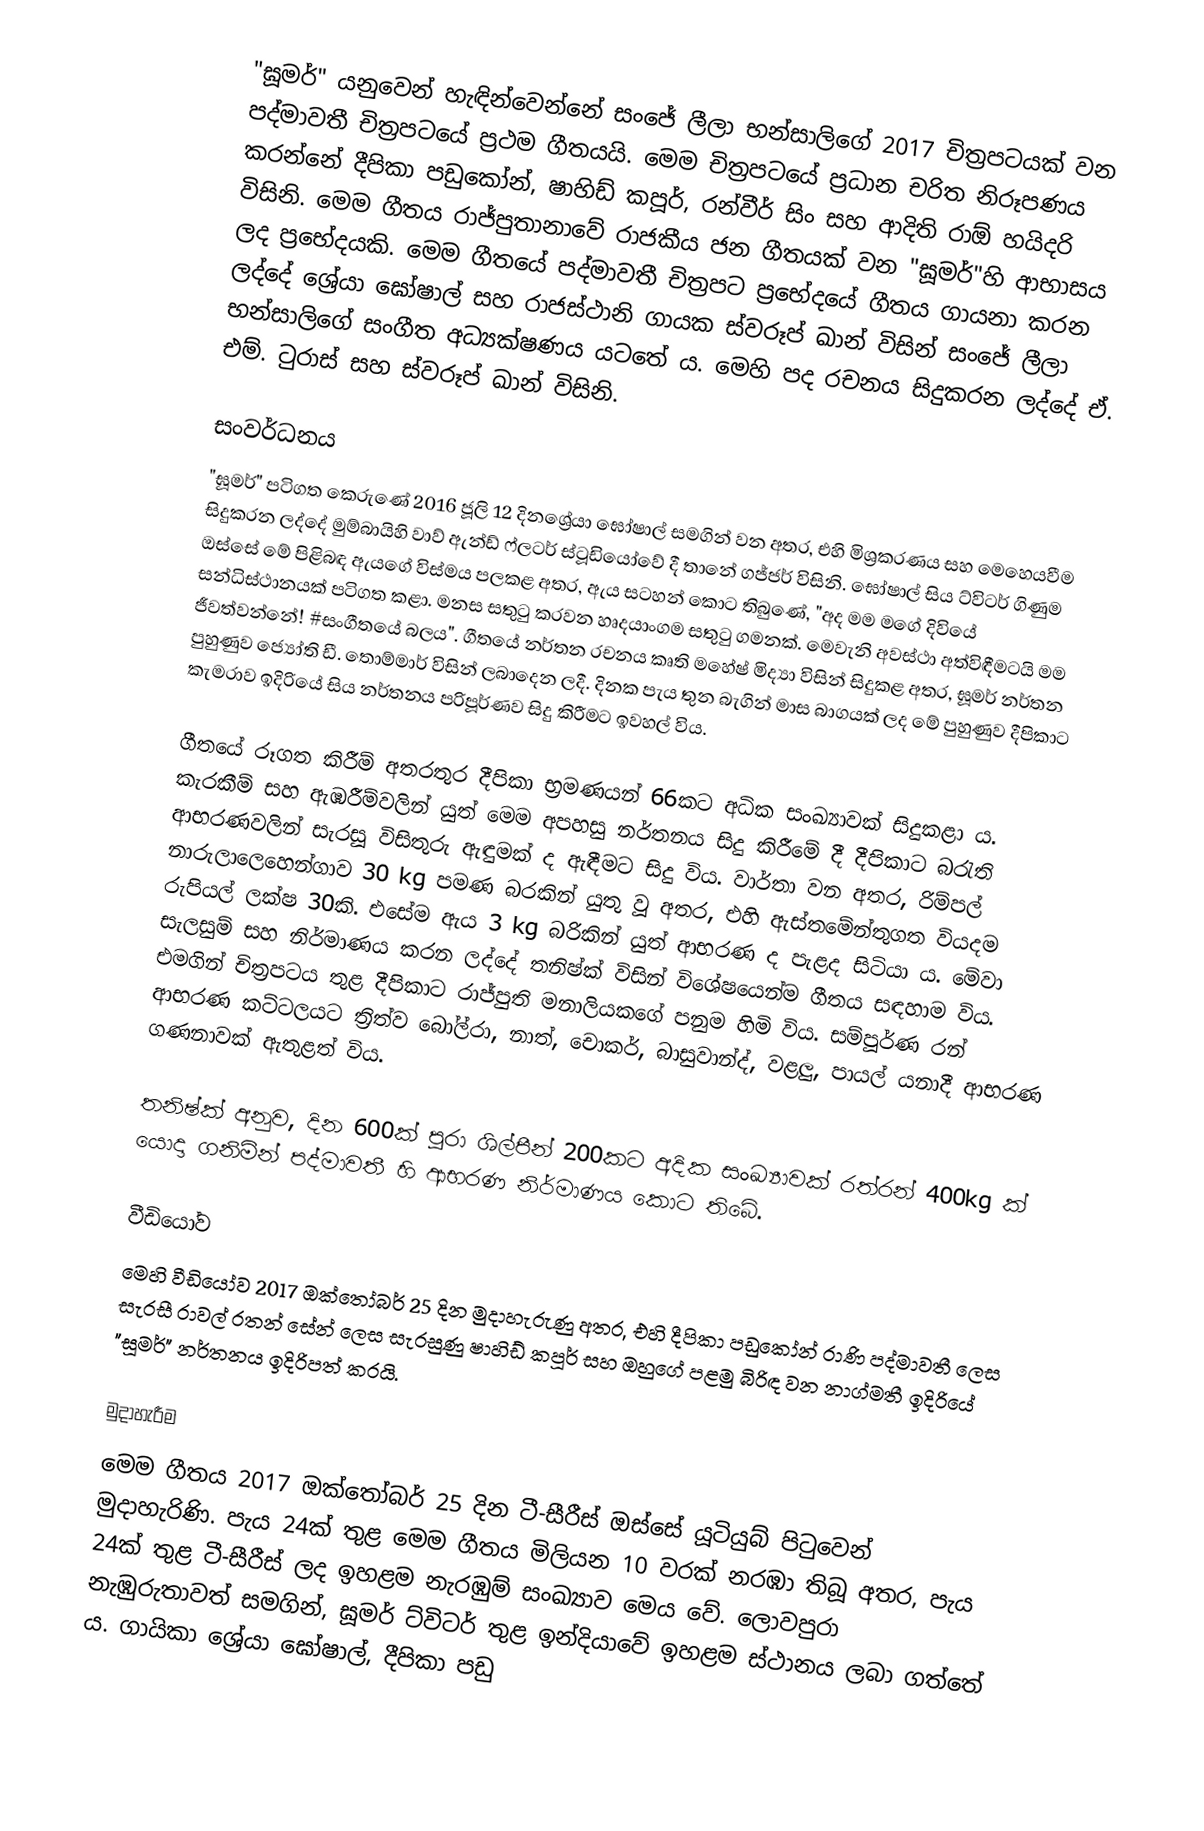
"ඝූමර්" යනුවෙන් හැඳින්වෙන්නේ සංජේ ලීලා භන්සාලිගේ 2017 චිත්‍රපටයක් වන පද්මාවතී චිත්‍රපටයේ ප්‍රථම ගීතයයි. මෙම චිත්‍රපටයේ ප්‍රධාන චරිත නිරූපණය කරන්නේ දීපිකා පඩුකෝන්, ෂාහිඩ් කපූර්, රන්වීර් සිං සහ ආදිති රාඕ හයිදරි විසිනි. මෙම ගීතය රාජ්පුතානාවේ රාජකීය ජන ගීතයක් වන "ඝූමර්"හි ආභාසය ලද ප්‍රභේදයකි. මෙම ගීතයේ පද්මාවතී චිත්‍රපට ප්‍රභේදයේ ගීතය ගායනා කරන ලද්දේ ශ්‍රේයා ඝෝෂාල් සහ රාජස්ථානි ගායක ස්වරූප් ඛාන් විසින් සංජේ ලීලා භන්සාලිගේ සංගීත අධ්‍යක්ෂණය යටතේ ය. මෙහි පද රචනය සිදුකරන ලද්දේ ඒ. එම්. ටුරාස් සහ ස්වරූප් ඛාන් විසිනි.

සංවර්ධනය
"ඝූමර්" පටිගත‍ කෙරුණේ 2016 ජූලි 12 දිනශ්‍රේයා ඝෝෂාල් සමගින් වන අතර, එහි මිශ්‍රකරණය සහ මෙහෙයවීම සිදුකරන ලද්දේ මුම්බායිහි වාව් ඇන්ඩ් ෆ්ලටර් ස්ටූඩියෝවේ දී තානේ ගජ්ජර් විසිනි. ඝෝෂාල් සිය ට්විටර් ගිණුම ඔස්සේ මේ පිළිබඳ ඇයගේ විස්මය පලකළ අතර, ඇය සටහන් කොට තිබුණේ, "අද මම මගේ දිවියේ සන්ධිස්ථානයක් පටිගත කළා. මනස සතුටු කරවන හෘදයාංගම සතුටු ගමනක්. මෙවැනි අවස්ථා අත්විඳීමටයි මම ජීවත්වන්නේ! #සංගීතයේ බලය".   ගීතයේ නර්තන රචනය කෘති මහේෂ් මිද්‍යා විසින් සිදුකළ අතර, ඝූමර් නර්තන පුහුණුව ජ්‍යෝති ඩී. තොම්මාර් විසින් ලබාදෙන ලදී. දිනක පැය තුන බැගින් මාස බාගයක් ලද මේ පුහුණුව දීපිකාට කැමරාව ඉදිරියේ සිය නර්තනය පරිපූර්ණව සිදු කිරීමට ඉවහල් විය.

ගීතයේ රූගත කිරීම් අතරතුර දීපිකා භ්‍රමණයන් 66කට අධික සංඛ්‍යාවක් සිදුකළා ය. කැරකීම් සහ ඇඹරීම්වලින් යුත් මෙම අපහසු නර්තනය සිදු කිරීමේ දී දීපිකාට බරැති ආභරණවලින් සැරසූ විසිතුරු ඇඳුමක් ද ඇඳීමට සිදු විය. වාර්තා වන අතර, රිම්පල් නාරුලාලෙහෙන්ගාව 30 kg පමණ බරකින් යුතු වූ අතර, එහි ඇස්තමේන්තුගත වියදම රුපියල් ලක්ෂ 30කි. එසේම ඇය 3 kg බරිකින් යුත් ආභරණ ද පැළද සිටියා ය. මේවා සැලසුම් සහ නිර්මාණය කරන ලද්දේ තනිෂ්ක් විසින් විශේෂයෙන්ම ගීතය සඳහාම විය. එමගින් චිත්‍රපටය තුළ දීපිකාට රාජ්පුති මනාලියකගේ පනුම හිමි විය. සම්පූර්ණ රන් ආභරණ කට්ටලයට ත්‍රිත්ව බෝල්රා, නාත්, චොකර්, බාසුවාන්ද්, වළලු, පායල් යනාදී ආභරණ ගණනාවක් ඇතුළත් විය.

තනිෂ්ක් අනුව, දින 600ක් පුරා ශිල්පීන් 200කට අදික සංඛ්‍යාවක් රත්රන් 400kg ක් යොදා ගනිමින් පද්මාවතී හි ආභරණ නිර්මාණය කොට තිබේ.

වීඩියෝව
මෙහි වීඩියෝව 2017 ඔක්තෝබර් 25 දින මුදාහැරුණු අතර, එහි දීපිකා පඩුකෝන් රාණි පද්මාවතී ලෙස සැරසී රාවල් රතන් සේන් ලෙස සැරසුණු ෂාහිඩ් කපූර් සහ ඔහුගේ පළමු බිරිඳ වන නාග්මතී ඉදිරියේ "ඝූමර්" නර්තනය ඉදිරිපත් කරයි.

මුදාහැරීම
මෙම ගීතය 2017 ඔක්තෝබර් 25 දින ටී-සීරීස් ඔස්සේ යූටියුබ් පිටුවෙන් මුදාහැරිණි. පැය 24ක් තුළ මෙම ගීතය මිලියන 10 වරක් නරඹා තිබූ අතර, පැය 24ක් තුළ ටී-සීරීස් ලද ඉහළම නැරඹුම් සංඛ්‍යාව මෙය වේ. ලොවපුරා නැඹුරුතාවත් සමගින්, ඝූමර් ට්විටර් තුළ ඉන්දියාවේ ඉහළම ස්ථානය ලබා ගත්තේ ය. ගායිකා ශ්‍රේයා ඝෝෂාල්, දීපිකා පඩු